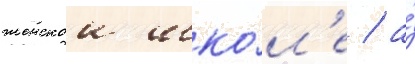
женскои шко́л'е / а́